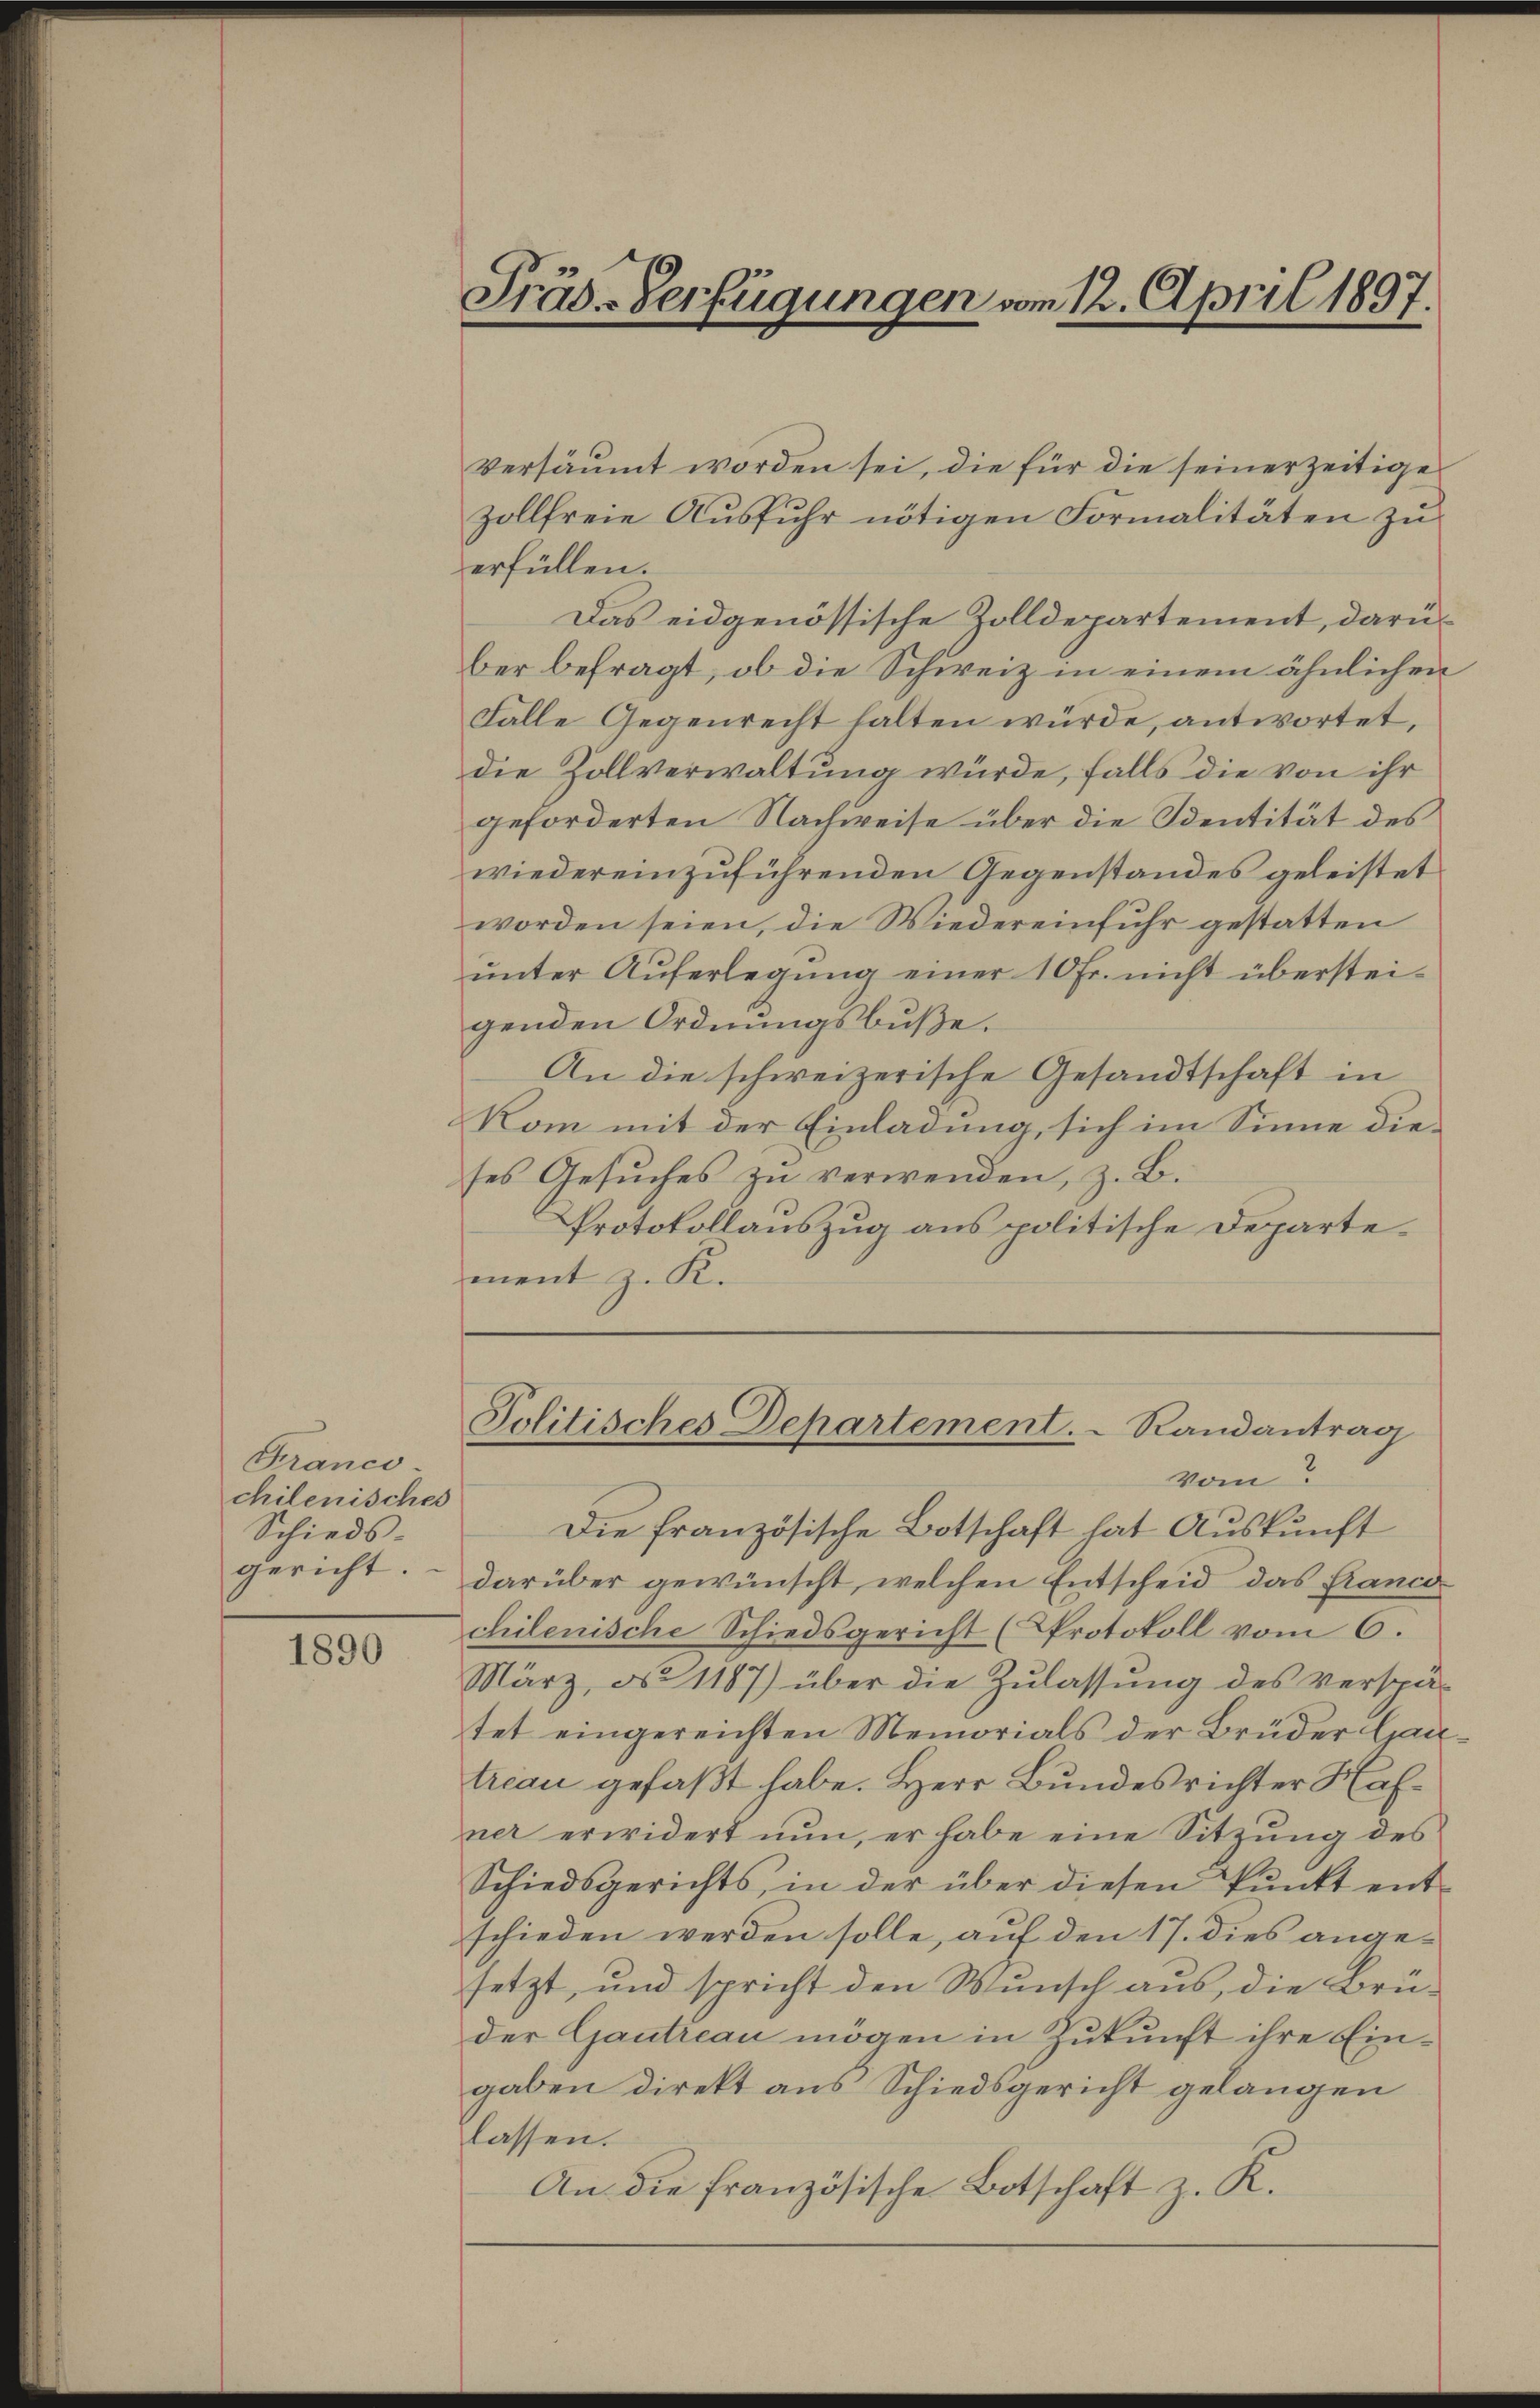
Franco
chilenisches
Schieds-
gericht.

1890

Präs-Verfügungen vom 12. April 1897.

versäumt worden sei, die für die seiner zeitige
zollfreie Ausfuhr nötigen Formalitäten zu
erfüllen.
Das eidgenössische Zolldepartement, darüber befragt, ob die Schweiz in einem ähnlichen
Fälle Gegenrecht halten würde, antwortet,
die Zollverwaltung würde, falls die von ihr
geforderten Nachweise über die Sentität des
wieder einzuführenden Gegenstandes geleistet
worden seien, die Wiedereinfuhr gestatten
ŭnter Aŭferlegŭng einer 10 Fr. nicht überstei-
genden Ordnungsbuße.
An die schweizerische Gesandtschaft in
Kom mit der Einladung, sich im Sinne dieses Gesuches zu verwenden, z. B.
Protokollauszug aus politische Departemnent z. K.

Die französische Botschaft hat Auskunft
darüber gewünscht, welchen Entscheid das Franci
chilenische Schiedsgericht (Protokoll vom 6.
März, No 1187) über die Zulassung des verspä-
tet eingereichten Memorials der Brüder Gau
treau gefaßt habe. Herr Bundesrichter Hafner erwidert nun, er habe eine Sitzung des
Schiedsgerichts, in der über diesen Pŭnkt ent-
schieden werden solle, auf den 17. dies angesetzt, und spricht den Wunsch aus, die Brüder Gautreau mögen in Zukunft ihre Eingaben direkt aus Schiedsgericht gelangen
lassen.
An die französische Botschaft z. K.

Politisches Departement.  Randantrag
vom